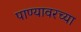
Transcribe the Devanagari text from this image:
पाण्यावरच्या